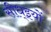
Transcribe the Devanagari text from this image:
सीध्इयों